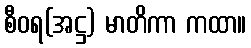
စီဝရ(အဋ္ဌ) မာတိကာ ကထာ။